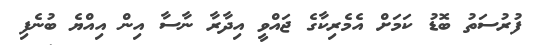
ފުރުސަތު ބޮޑު ކަމަށް އެމެރިކާގެ ޖައްވީ އިދާރާ ނާސާ އިން އިއްޔެ ބުނެފި